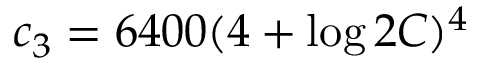
c _ { 3 } = 6 4 0 0 ( 4 + \log 2 C ) ^ { 4 }